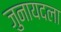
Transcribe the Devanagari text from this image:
जुनायदला